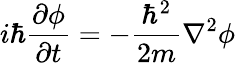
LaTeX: i\hbar\frac{\partial\phi}{\partial t}=-\frac{\hbar^{2}}{2m}\nabla^{2}\phi